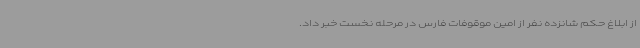
از ابلاغ حکم شانزده نفر از امین موقوفات فارس در مرحله نخست خبر داد.